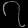
Digit: ၇